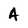
Character: A